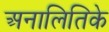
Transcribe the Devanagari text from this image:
अनालितिके